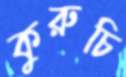
কুরুচি